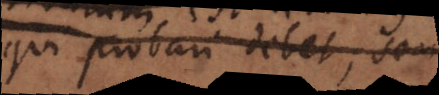
qui probari debet, seu